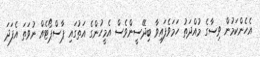
އެެހެންކަމުން ވިސާގެ މުއްދަތު ހަމަވެފައިވާ ބިދޭސީންވެސް އެމީހުންގެ އަތުގައި ޕާސްޕޯޓެއް ނުވަތަ އެފަދަ